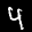
Label: 4